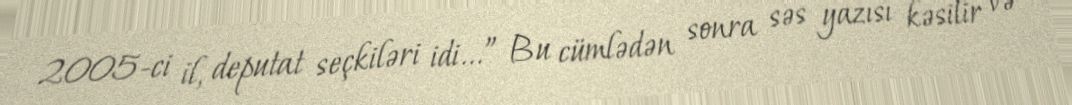
2005-ci il, deputat seçkiləri idi...” Bu cümlədən sonra səs yazısı kəsilir və